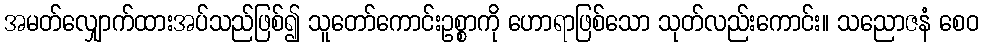
အမတ်လျှောက်ထားအပ်သည်ဖြစ်၍ သူတော်ကောင်းဥစ္စာကို ဟောရာဖြစ်သော သုတ်လည်းကောင်း။ သညောဇနံ စေဝ